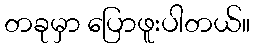
တခုမှာ ပြောဖူးပါတယ်။